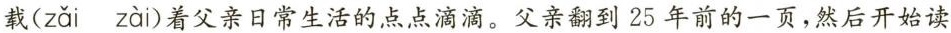
载( zǎi zài )着父亲日常生活的点点滴滴。父亲翻到25年前的一页，然后开始读